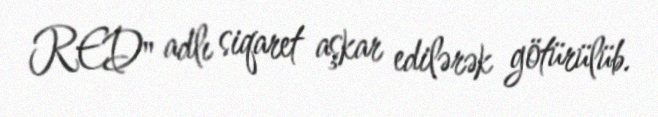
RED" adlı siqaret aşkar edilərək götürülüb.